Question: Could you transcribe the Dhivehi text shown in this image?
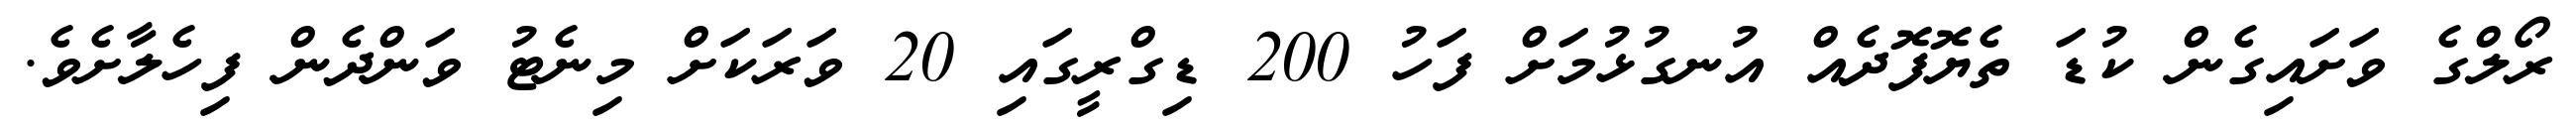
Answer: ރޯލްގެ ވަށައިގެން ކުޑަ ތެޔޮފޮދެއް އުނގުޅުމަށް ފަހު 200 ޑިގްރީގައި 20 ވަރަކަށް މިނެޓު ވަންދެން ފިހެލާށެވެ.